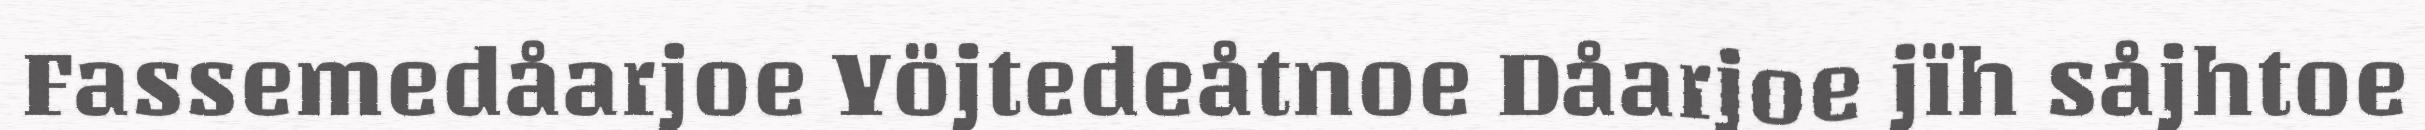
Fassemedåarjoe Yöjtedeåtnoe Dåarjoe jïh såjhtoe